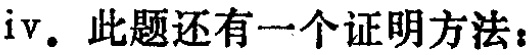
iv. 此题还有一个证明方法：